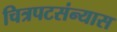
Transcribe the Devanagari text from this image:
चित्रपटसंन्यास